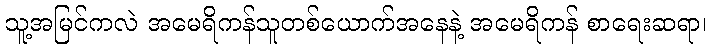
သူ့အမြင်ကလဲ အမေရိကန်သူတစ်ယောက်အနေနဲ့ အမေရိကန် စာရေးဆရာ၊